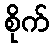
စိုက်